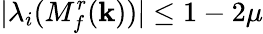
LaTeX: \lvert\lambda_{i}(M_{f}^{r}(\mathbf{k}))\rvert\leq1-2\mu